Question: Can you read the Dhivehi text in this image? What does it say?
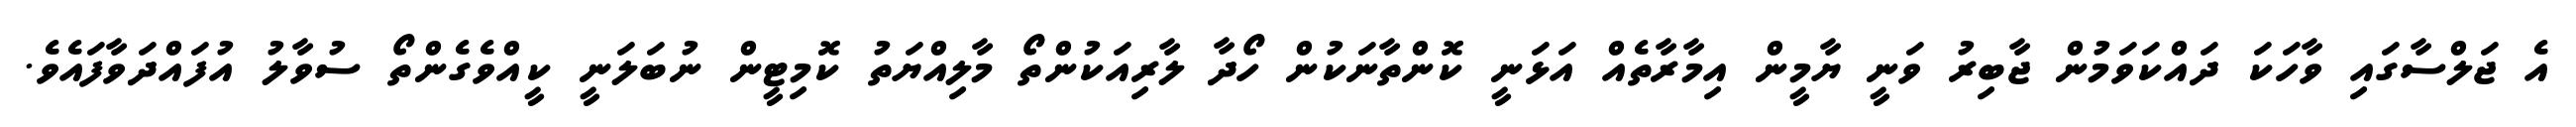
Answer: އެ ޖަލްސާގައި ވާހަކަ ދައްކަވަމުން ޖާބިރު ވަނީ ޔާމީން އިމާރާތެއް އަޅަނީ ކޮންތާނަކުން ހޯދާ ލާރިއަކުންތޯ މާލިއްޔަތު ކޮމިޓީން ނުބަލަނީ ކީއްވެގެންތޯ ސުވާލު އުފައްދަވާފައެވެ.